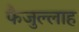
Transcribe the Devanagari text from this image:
फैजुल्लाह